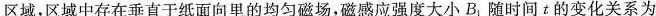
区域，区域中存在垂直于纸面向里的均匀磁场，磁感应强度大小B_{1}随时间t的变化关系为